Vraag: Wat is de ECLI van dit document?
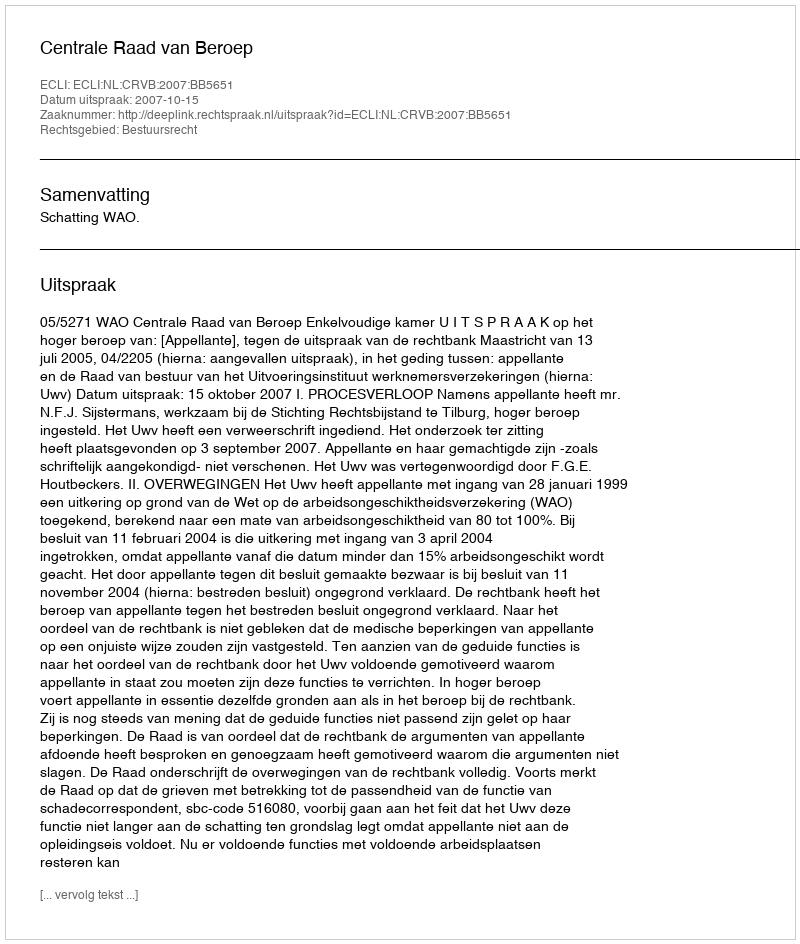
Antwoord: ECLI:NL:CRVB:2007:BB5651